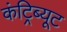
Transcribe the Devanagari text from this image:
कंट्रिब्यूट